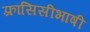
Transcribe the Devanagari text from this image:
फ़्रांसिसीभाषी